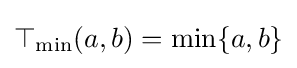
\top _{\mathrm {min} }(a,b)=\min\{a,b\}